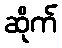
ဆိုက်